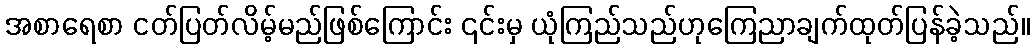
အစာရေစာ ငတ်ပြတ်လိမ့်မည်ဖြစ်ကြောင်း ၎င်းမှ ယုံကြည်သည်ဟုကြေညာချက်ထုတ်ပြန်ခဲ့သည်။